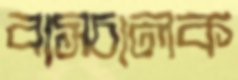
বাসচালক